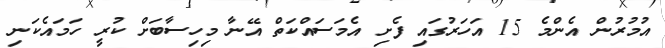
އުމުރުން އެންމެ 15 އަހަރުގައި ފެށި އެމަސައްކަތް އޭނާ މިހިސާބަށް ކުރީ ހަމައެކަނި